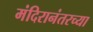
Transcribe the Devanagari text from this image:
मंदिरानंतरच्या